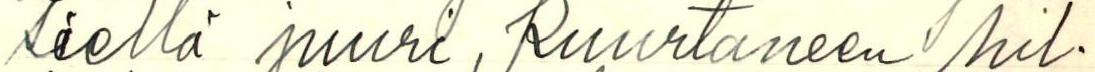
siellä juuri, Ruurtaneen hil-